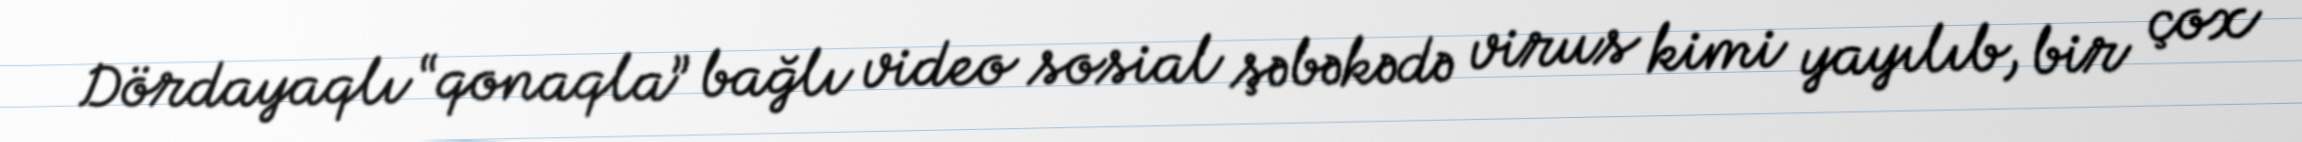
Dördayaqlı “qonaqla” bağlı video sosial şəbəkədə virus kimi yayılıb, bir çox